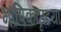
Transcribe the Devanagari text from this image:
भाषिकदृष्टया